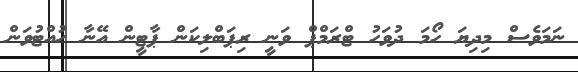
ނަމަވެސް މިދިޔަ ހޯމަ ދުވަހު ޓްރަމްޕް ވަނީ ރިޕަބްލިކަން ޕާޓީން އޭނާ ހުއްޓުވަން